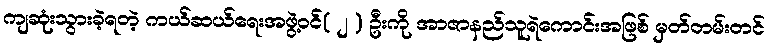
ကျဆုံးသွားခဲ့ရတဲ့ ကယ်ဆယ်ရေးအဖွဲ့ဝင််( ၂ ) ဦးကို အာဇာနည်သူရဲကောင်းအဖြစ် မှတ်တမ်းတင်